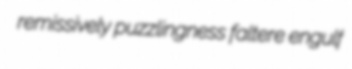
remissively puzzlingness faltere engulf